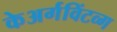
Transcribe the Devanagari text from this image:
केअर्गविंटव्ग